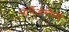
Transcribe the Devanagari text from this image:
नोर्थेअस्तेर्ल्य